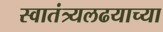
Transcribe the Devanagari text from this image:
स्वातंत्र्यलढयाच्या